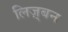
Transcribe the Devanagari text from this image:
लिज़्बन